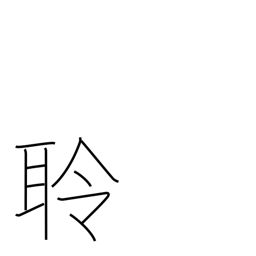
Meaning: realizing